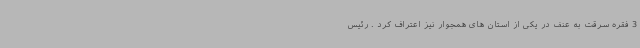
3 فقره سرقت به عنف در یکی از استان های همجوار نیز اعتراف کرد . رئیس